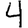
Digit: 4